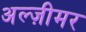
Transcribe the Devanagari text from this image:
अल्ज़ीमर